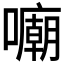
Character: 𱕜